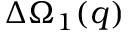
\Delta \Omega _ { 1 } ( q )